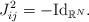
LaTeX: \begin{align*}J_{ij}^2=-{\rm Id}_{\mathbb{R}^N}. \end{align*}